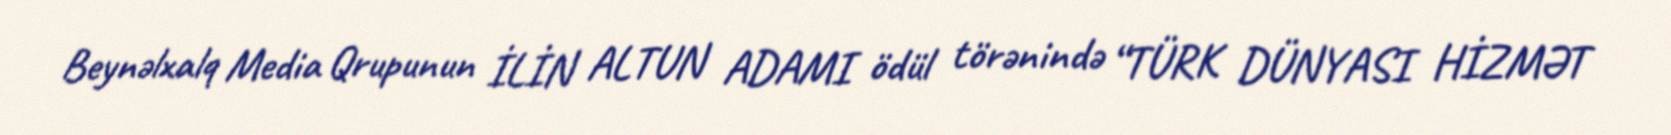
Beynəlxalq Media Qrupunun İLİN ALTUN ADAMI ödül törənində “TÜRK DÜNYASI HİZMƏT